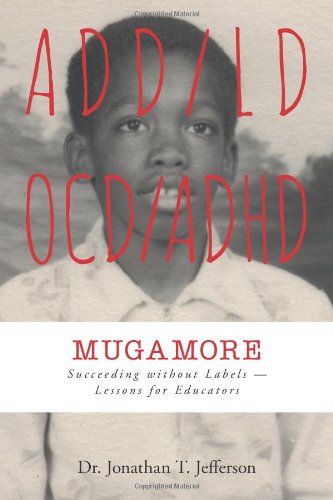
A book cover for Mugamore; Jonathan T. Jefferson; Biographies & Memoirs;